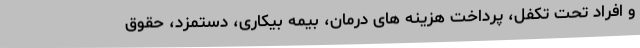
و افراد تحت تکفل، پرداخت هزینه های درمان، بیمه بیکاری، دستمزد، حقوق